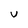
Character: V